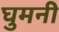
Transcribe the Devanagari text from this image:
घुमनी